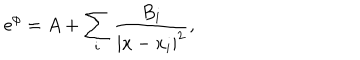
\mathrm { e } ^ { \phi } = A + \sum _ { i } \frac { B _ { i } } { | x - x _ { i } | ^ { 2 } } ,